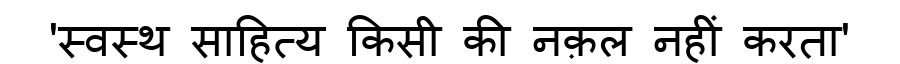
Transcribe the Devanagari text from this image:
'स्वस्थ साहित्य किसी की नक़ल नहीं करता'